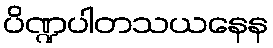
ပိဏ္ဍပါတသယနေန